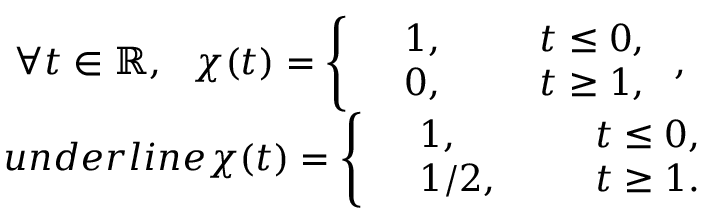
\begin{array} { r } { \forall t \in \mathbb R , \ \ \chi ( t ) = \left\{ \begin{array} { r l r l } & { 1 , \ \ } & & { t \leq 0 , } \\ & { 0 , \ \ } & & { t \geq 1 , } \end{array} \right. , \ \ \ } \\ { u n d e r l i n e { \chi } ( t ) = \left\{ \begin{array} { r l r l } & { 1 , \ \ } & & { t \leq 0 , } \\ & { 1 / 2 , \ \ } & & { t \geq 1 . } \end{array} \right. } \end{array}